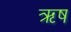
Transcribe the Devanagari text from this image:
ऋष